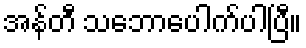
အန်တီ သဘောပေါက်ပါပြီ။